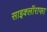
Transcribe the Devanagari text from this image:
साइक्लॉराफा